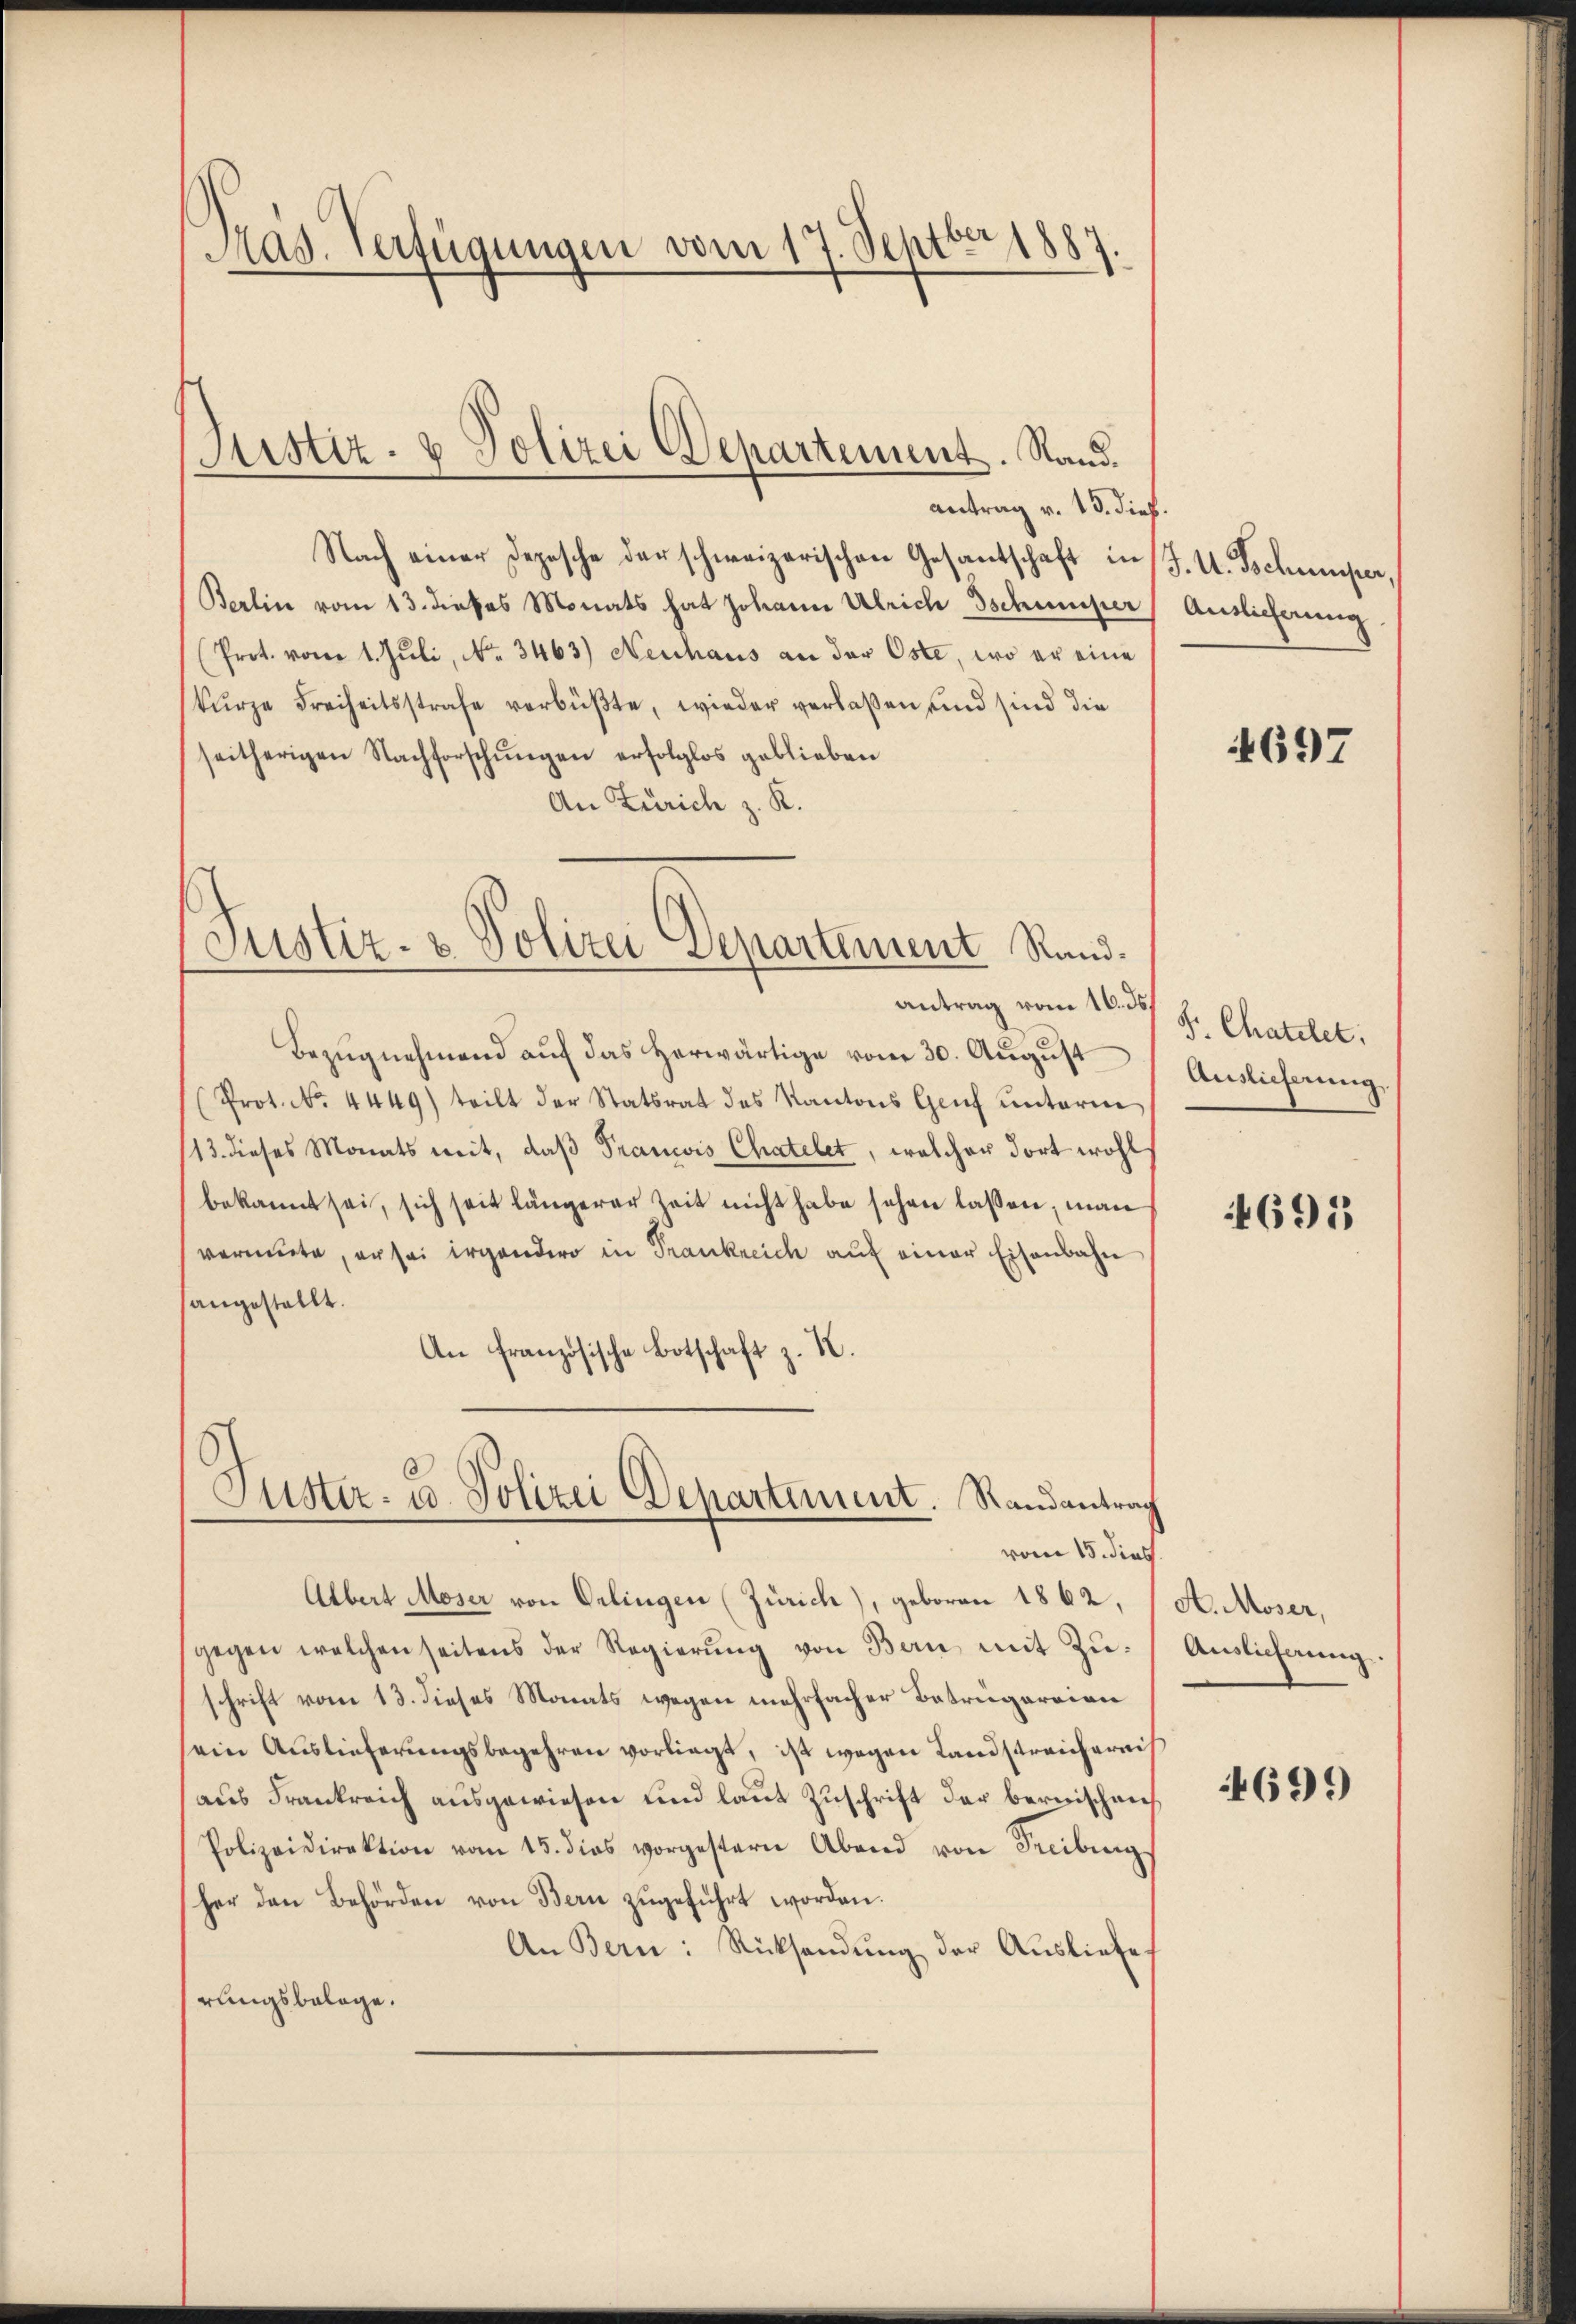
Mas. Verfügungen vom 17. Septbr 1887.

Justiz- & Polizei Departement. Stand.

Justiz- & Polizei Departement Rand.

antrag v. 15. dieß.
Nach einer Depesche der schweizerischen Gesantschaft in J. U. Tschumper,
Berlin vom 13. dieses Monats hat Johann Ulrich schmuper
(Prot. vom 1. Jŭli, No. 3463) Neuhaus an der Oste, wo er eine
kŭrze Freiheitsstrafe verbüßte, wieder verlaßen und sind die
seitherigen Nachforschungen erfolglos geblieben
An Zürich z. R.
antrag vom 16. ds.
Bezŭgnehmend auf das herwärtige vom 30. August
(Prot. No. 4449) teilt der Statsrat des Kantons Genf unterm
13. dieses Monats mit, daß Francis Chatelet, welcher dort wohl
bekannt sei, sich seit längerer Zeit nicht habe sehen lassen, man
vermute, er sei irgendero in Frankreich auf einer Eisenbahn
angestellt.
An französische Botschaft z. K.
Puster- u. Polizei Departement. Randantrag
vom 15. dies
Albert Moser von Oerlingen (Zürich), geboren 1862,
gegen welchen seitens der Regierŭng von Bern mit Zu-
schrift vom 13. dieses Monats wegen mehrfacher Betrügereien
sein Auslieferungsbegehren vorliegt, ist wegen Landstreichernis
aus Frankreich ausgewiesen und laut Zuschrift der bernischen
Polizeidirektion vom 15. dies vorgestern Abend von Freiburg
her den Behörden von Bern zŭgeführt worden.
An Bern: Rücksendŭng der Ausliefe
hrungsbelage.

Auslicherung.

4697

F. Chatelet,
Auslieferung

695

A. Moser,
Auslicherung.

4699